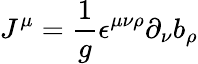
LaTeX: J^{\mu}=\frac{1}{g}\epsilon^{\mu\nu\rho}\partial_{\nu}b_{\rho}